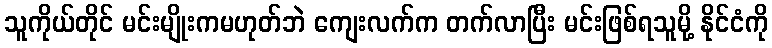
သူကိုယ်တိုင် မင်းမျိုးကမဟုတ်ဘဲ ကျေးလက်က တက်လာပြီး မင်းဖြစ်ရသူမို့ နိုင်ငံကို